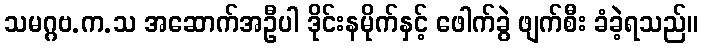
သမဂ္ဂဗ.က.သ အဆောက်အဦပါ ဒိုင်းနမိုက်နှင့် ဖေါက်ခွဲ ဖျက်စီး ခံခဲ့ရသည်။